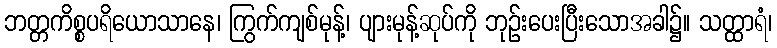
ဘတ္တကိစ္စပရိယောသာနေ၊ ကြွက်ကျစ်မုန့်၊ ပျားမုန့်ဆုပ်ကို ဘုဉ်းပေးပြီးသောအခါ၌။ သတ္ထာရံ၊